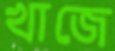
খাজে